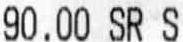
90.00 SR S